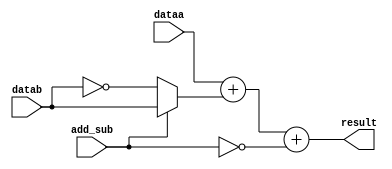
module ADDSUB (dataa, datab, add_sub, result);
	input	[35:0]	dataa,datab;
	input			add_sub;	
	output	[35:0]	result;
	assign result = dataa + (add_sub ? datab : ~datab) + {35'd0,~add_sub};
endmodule